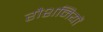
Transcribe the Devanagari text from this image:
रौशनियों